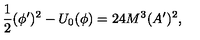
\frac { 1 } { 2 } ( \phi ^ { \prime } ) ^ { 2 } - U _ { 0 } ( \phi ) = 2 4 M ^ { 3 } ( A ^ { \prime } ) ^ { 2 } ,